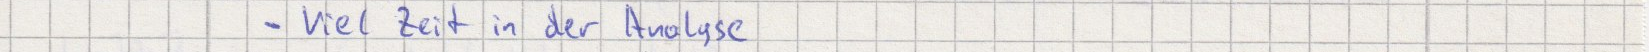
- Viel Zeit in der Analyse